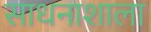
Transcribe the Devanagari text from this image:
साधनाशाला